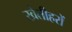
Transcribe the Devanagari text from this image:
खेतीहरों